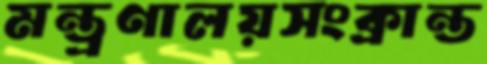
মন্ত্রণালয়সংক্রান্ত